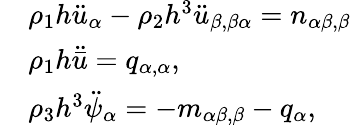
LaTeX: \begin{array}{rl}&{\rho_{1}h\ddot{u}_{\alpha}-\rho_{2}h^{3}\ddot{u}_{\beta,\beta\alpha}=n_{\alpha\beta,\beta}}\\ &{\rho_{1}h\ddot{\bar{u}}=q_{\alpha,\alpha},}\\ &{\rho_{3}h^{3}\ddot{\psi}_{\alpha}=-m_{\alpha\beta,\beta}-q_{\alpha},}\end{array}